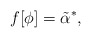
\begin{align*}f[\phi] = \tilde{\alpha}^* ,\end{align*}